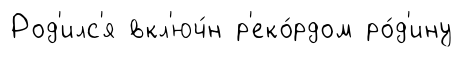
Род'илс'я вкл'юч́н р'еко́рдом ро́д'ину